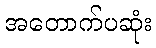
အတောက်ပဆုံး